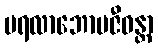
ပရလာဘောပဇီဝန္တာ